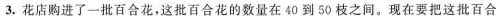
3.花店购进了一批百合花，这批百合花的数量在40到50枝之间。现在要把这批百合